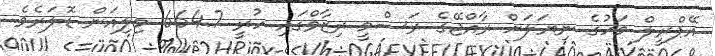
އޭޕްރީލް މަހުގެ ނިޔަލަށް ރާއްޖޭގެ ރަސްމީ ރިޒާވްގައި ހުރީ 664.7 މިލިއަން ޑޮލަރެވެ.